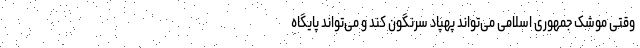
وقتی موشک جمهوری اسلامی می‌تواند پهپاد سرنگون کند و می‌تواند پایگاه